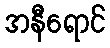
အနီရောင်